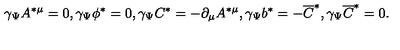
\gamma _ { \Psi } A ^ { * \mu } = 0 , \gamma _ { \Psi } \phi ^ { * } = 0 , \gamma _ { \Psi } C ^ { * } = - \partial _ { \mu } A ^ { * \mu } , \gamma _ { \Psi } b ^ { * } = - \overline { { C } } ^ { * } , \gamma _ { \Psi } \overline { { C } } ^ { * } = 0 .